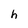
Character: h